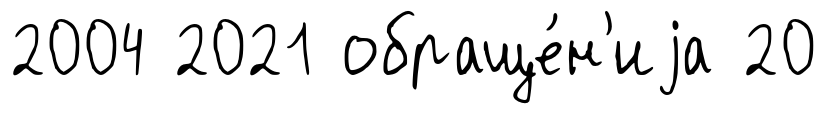
2004 2021 обраще́н'иjа 20